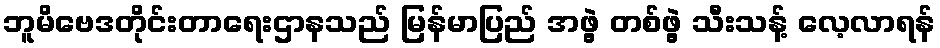
ဘူမိဗေဒတိုင်းတာရေးဌာနသည် မြန်မာပြည် အဖွဲ့ တစ်ဖွဲ့ သီးသန့် လေ့လာရန်